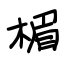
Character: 楣